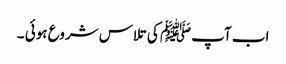
اب آپﷺ کی تلاس شروع ہوئی ۔